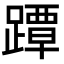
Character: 𨅭